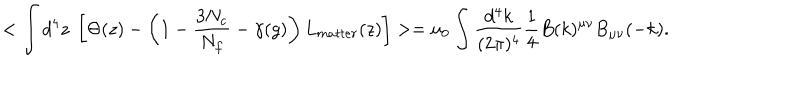
< \int d ^ { 4 } z ~ \left[ \Theta ( z ) - \left( 1 - { \frac { 3 N _ { c } } { N _ { f } } } - \gamma ( g ) \right) L _ { m a t t e r } ( z ) \right] > = u _ { 0 } \int \frac { d ^ { 4 } k } { ( 2 \pi ) ^ { 4 } } \frac { 1 } { 4 } B ( k ) ^ { \mu \nu } { B } _ { \mu \nu } ( - k ) .